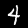
Digit: 4